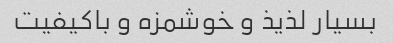
بسیار لذیذ و خوشمزه و باکیفیت